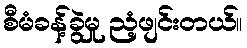
စီမံခန့်ခွဲမှု ညံ့ဖျင်းတယ်။